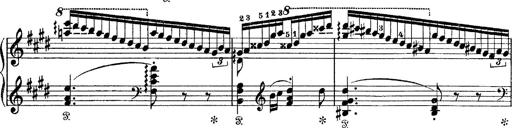
Title: Tarantelle di bravura dâ€™aprÃ¨s la tarantelle de La muette de Portici
Composer: Franz Liszt